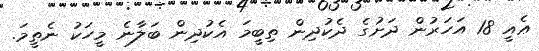
ޢެއީ 18 އަހަރުން ދަށުގެ ދެކުދިން ތިބީމަ އެކުދިން ބަލާނެ މީހަކު ނެތީމަ.